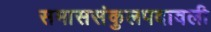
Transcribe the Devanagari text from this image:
समाससंकुलपदावली